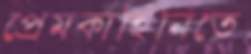
প্রেমকাহিনিতে